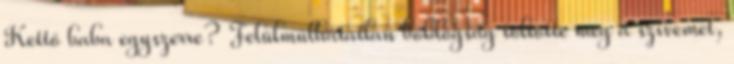
Kettő baba egyszerre? Felülmúlhatatlan boldogság töltötte meg a szívemet,